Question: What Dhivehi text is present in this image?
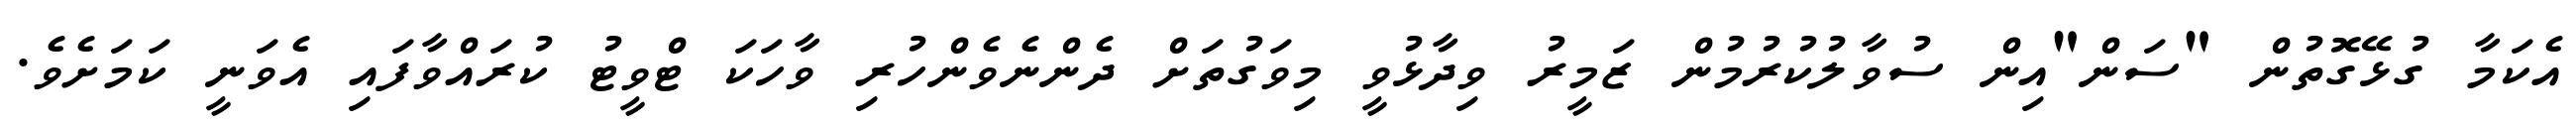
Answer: އެކަމާ ގުޅޭގޮތުން "ސަން"އިން ސުވާލުކުރުމުން ޒަމީރު ވިދާޅުވީ މިވަގުތަށް ދެންނެވެންހުރި ވާހަކަ ޓްވީޓު ކުރައްވާފައި އެވަނީ ކަމަށެވެ.